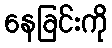
နေခြင်းကို